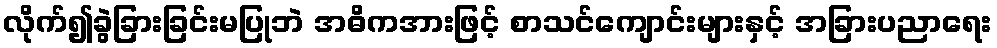
လိုက်၍ခွဲခြားခြင်းမပြုဘဲ အဓိကအားဖြင့် စာသင်ကျောင်းများနှင့် အခြားပညာရေး